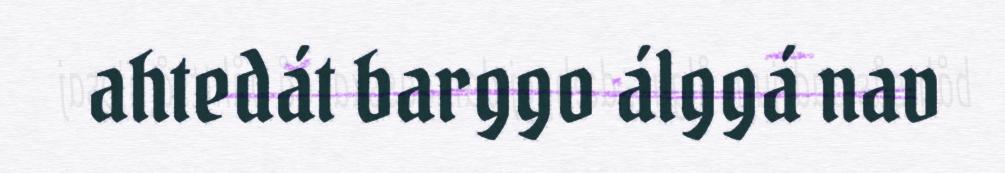
ahtedát barggo álggá nav